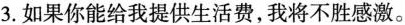
3.如果你能给我提供生活费,我将不胜感激.。